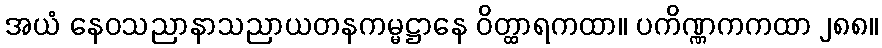
အယံ နေဝသညာနာသညာယတနကမ္မဋ္ဌာနေ ဝိတ္ထာရကထာ။ ပကိဏ္ဏကကထာ ၂၈၈။